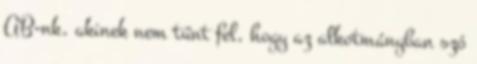
AB-nk, akinek nem tűnt fel, hogy az alkotmányban szó